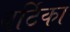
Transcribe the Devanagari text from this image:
वर्टिका